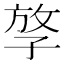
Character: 𡥮